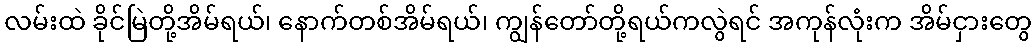
လမ်းထဲ ခိုင်မြဲတို့အိမ်ရယ်၊ နောက်တစ်အိမ်ရယ်၊ ကျွန်တော်တို့ရယ်ကလွဲရင် အကုန်လုံးက အိမ်ငှားတွေ